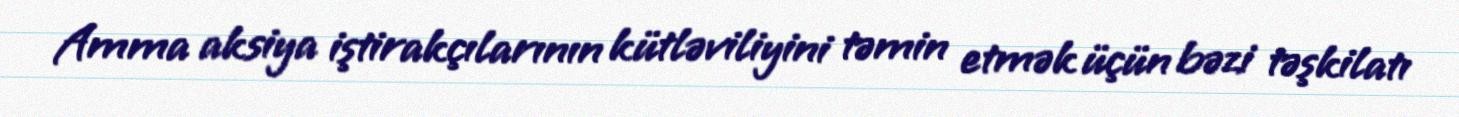
Amma aksiya iştirakçılarının kütləviliyini təmin etmək üçün bəzi təşkilatı